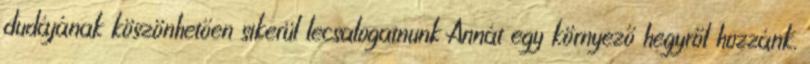
dudájának köszönhetően sikerül lecsalogatnunk Annát egy környező hegyről hozzánk.